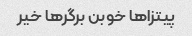
پیتزاها خوبن برگرها خیر